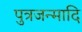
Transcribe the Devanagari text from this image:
पुत्रजन्मादि